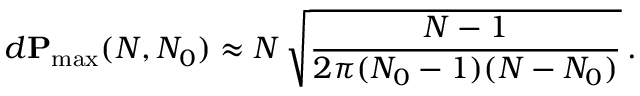
d \mathbf { P } _ { \operatorname* { m a x } } ( N , N _ { 0 } ) \approx N \, \sqrt { \frac { N - 1 } { 2 \pi ( N _ { 0 } - 1 ) ( N - N _ { 0 } ) } } \, .